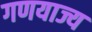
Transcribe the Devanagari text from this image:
गणयाज्य